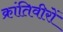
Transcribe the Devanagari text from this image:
क्रांतिवीरों